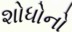
શોધોનો